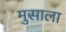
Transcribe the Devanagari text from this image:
मुसाला